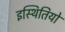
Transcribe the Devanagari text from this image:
इस्थितियो